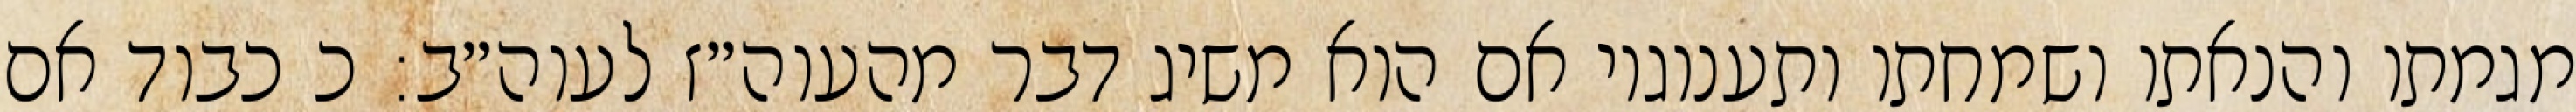
מגמתו והנאתו ושמחתו ותענוגיו אם הוא משיג דבר מהעוה״ז לעוה״ב: כ כבוד אם